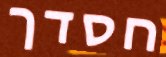
חסדך